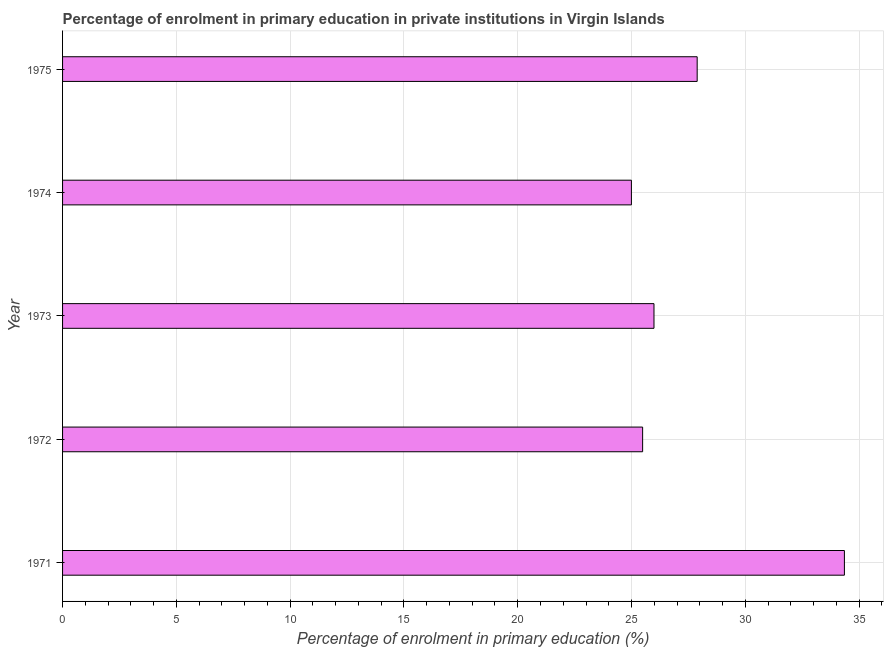
| Year | Enrolment  |
 | --- | --- |
 | 1971 | 34.4 |
 | 1972 | 25.5 |
 | 1973 | 26 |
 | 1974 | 25 |
 | 1975 | 27.9 |